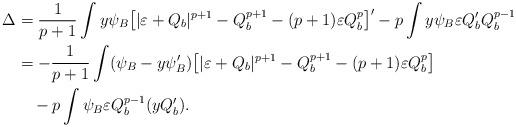
LaTeX: \begin{align*}\Delta&=\frac{1}{p+1}\int y\psi_B \big{[}|\varepsilon+Q_b|^{p+1}-Q_b^{p+1}-(p+1)\varepsilon Q_b^p\big{]}'-p\int y\psi_B \varepsilon Q_b'Q_b^{p-1}\\&=-\frac{1}{p+1}\int (\psi_B-y\psi_B') \big{[}|\varepsilon+Q_b|^{p+1}-Q_b^{p+1}-(p+1)\varepsilon Q_b^p\big{]}\\&\quad-p\int \psi_B \varepsilon Q_b^{p-1}(yQ_b').\end{align*}